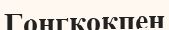
Гонгкокпен